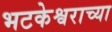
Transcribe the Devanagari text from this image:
भटकेश्वराच्या